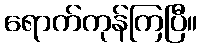
ရောက်ကုန်ကြပြီ။